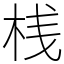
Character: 桟